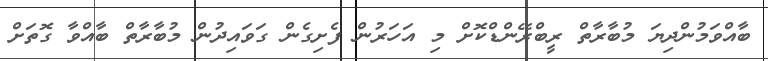
ބާއްވަމުންދިޔަ މުބާރާތް ރީބްރޭންޑްކޮށް މި އަހަރުން ފެށިގެން ގަވައިދުން މުބާރާތް ބާއްވާ ގޮތަށް